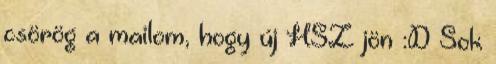
csörög a mailom, hogy új HSZ jön :D Sok